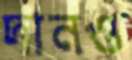
দানও